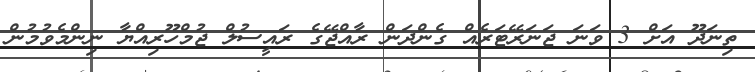
ތިނަދޫ އަށް 3 ވަނަ ޖަނަރޭޓަރެއް ގެންދަން ރާއްޖޭގެ ރައީސުލް ޖުމްހޫރިއްޔާ ނިންމެވުމުން